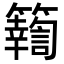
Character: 𥷚